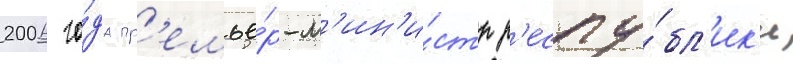
2006 го́да пр'емье́р-м'ин'и́стр р'еспу́бл'ик'и